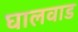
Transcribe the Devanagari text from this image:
घालवाड